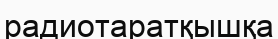
радиотаратқышқа